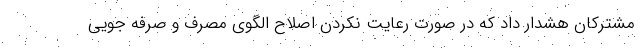
مشترکان هشدار داد که در صورت رعایت نکردن اصلاح الگوی مصرف و صرفه جویی